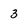
Character: 3